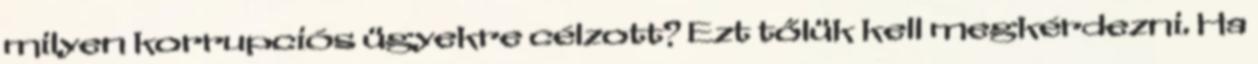
milyen korrupciós ügyekre célzott? Ezt tőlük kell megkérdezni. Ha